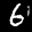
Label: 6